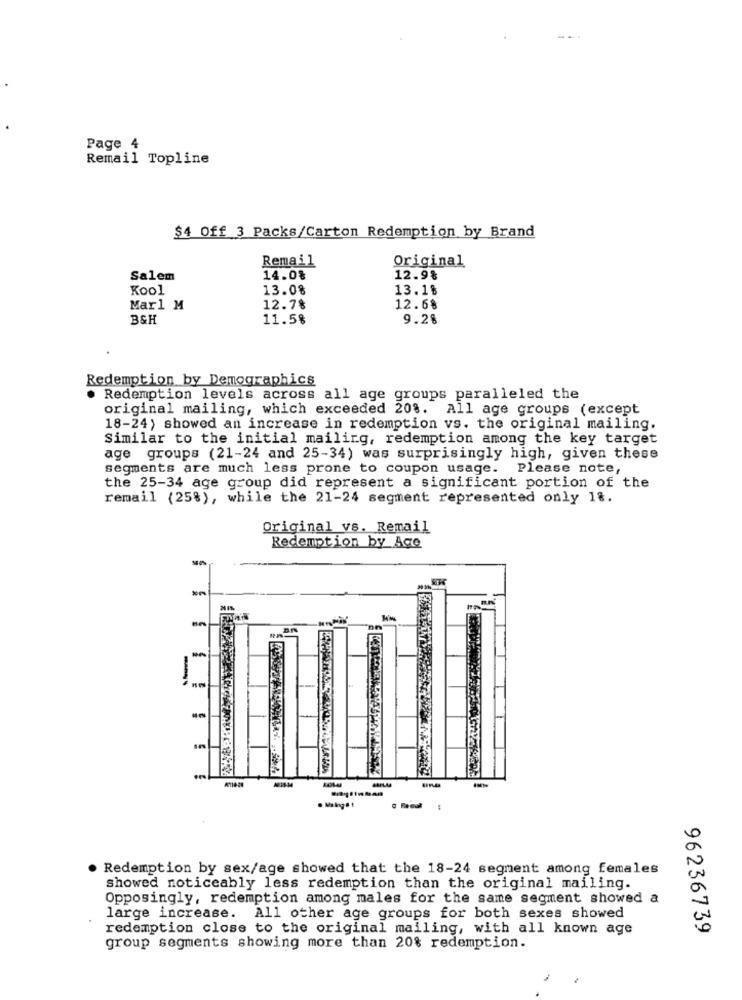
Page 4
Remail Topline
$4 Off 3 Packs/Carton Redemption by Brand
Remail
Original
Salem
14.0%
12.9%
Kool
13.0%
13.1%
Mar1 M
12.7%
12.68
B&H
11.5%
9.28
Redemption by Demographics
. Redemption levels across all age groups paralleled the
original mailing, which exceeded 20%. All age groups (except
18-24) showed an increase in redemption vs. the original mailing.
Similar to the initial mailing, redemption among the key target
age groups (21-24 and 25-34) was surprisingly high, given these
segments are much less prone to coupon usage. Please note,
the 25-34 age group did represent a significant portion of the
remail (25%), while the 21-24 segment represented only 18.
Original vs. Remail
Redemption by Age
MM
Redemption by sex/age showed that the 18-24 segment among females
showed noticeably less redemption than the original mailing.
Opposingly, redemption among males for the same segment showed a
large increase. All other age groups for both sexes showed
redemption close to the original mailing, with all known age
96236739
group segments showing more than 20% redemption.